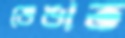
ভেঙাত